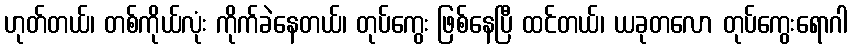
ဟုတ်တယ်၊ တစ်ကိုယ်လုံး ကိုက်ခဲနေတယ်၊ တုပ်ကွေး ဖြစ်နေပြီ ထင်တယ်၊ ယခုတလော တုပ်ကွေးရောဂါ